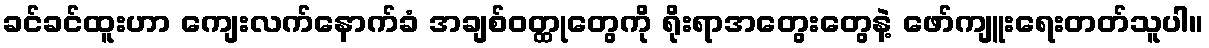
ခင်ခင်ထူးဟာ ကျေးလက်နောက်ခံ အချစ်ဝတ္ထုတွေကို ရိုးရာအတွေးတွေနဲ့ ဖော်ကျူးရေးတတ်သူပါ။